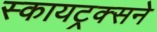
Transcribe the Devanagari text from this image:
स्कायट्रक्सने